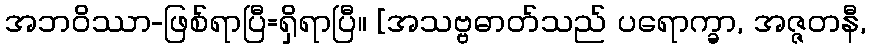
အဘဝိဿာ-ဖြစ်ရာပြီ=ရှိရာပြီ။ [အသဗ္ဗဓာတ်သည် ပရောက္ခာ, အဇ္ဇတနီ,